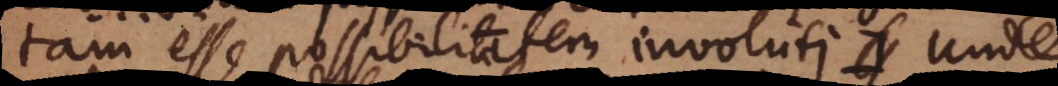
tam esse possibilitatem involuti.:) Unde